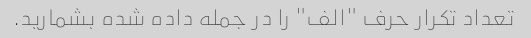
تعداد تکرار حرف "الف" را در جمله داده شده بشمارید.